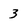
Character: 3